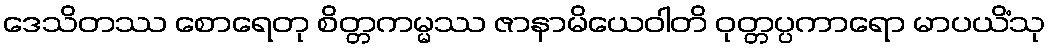
ဒေသိတဿ စောရေတု စိတ္တကမ္မဿ ဇာနာမိယေဝါတိ ဝုတ္တပ္ပကာရော မာပယိံသု